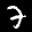
Label: 7